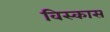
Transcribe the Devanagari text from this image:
विस्कास